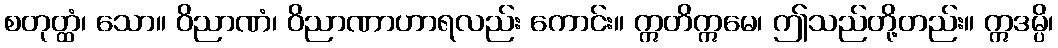
စတုတ္ထံ၊ သော။ ဝိညာဏံ၊ ဝိညာဏာဟာရလည်း ကောင်း။ ဣတိဣမေ၊ ဤသည်တို့တည်း။ ဣဒမ္ပိ၊